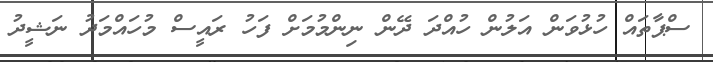
ސްޕާތައް ހުޅުވަން އަލުން ހުއްދަ ދޭން ނިންމުމަށް ފަހު ރައީސް މުހައްމަދު ނަޝީދު